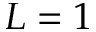
L = 1